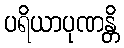
ပရိယာပုဏန္တိ